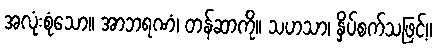
အလုံးစုံသော။ အာဘရဏံ၊ တန်ဆာကို။ သဟသာ၊ နှိပ်စက်သဖြင့်။